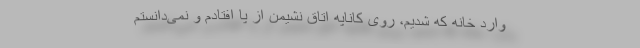
وارد خانه که شدیم، روی کاناپه اتاق نشیمن از پا افتادم و نمی‌دانستم